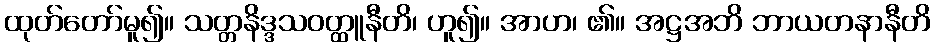
ထုတ်တော်မူ၍။ သတ္တနိဒ္ဒသဝတ္ထူနီတိ၊ ဟူ၍။ အာဟ၊ ၏။ အဋ္ဌအဘိ ဘာယတနာနီတိ